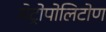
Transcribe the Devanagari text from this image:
मेट्रोपोलिटोण